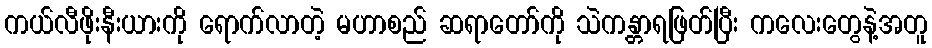
ကယ်လီဖိုးနီးယားကို ရောက်လာတဲ့ မဟာစည် ဆရာတော်ကို သဲကန္တာရဖြတ်ပြီး ကလေးတွေနဲ့အတူ